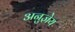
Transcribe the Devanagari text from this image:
अनुज्ञेय